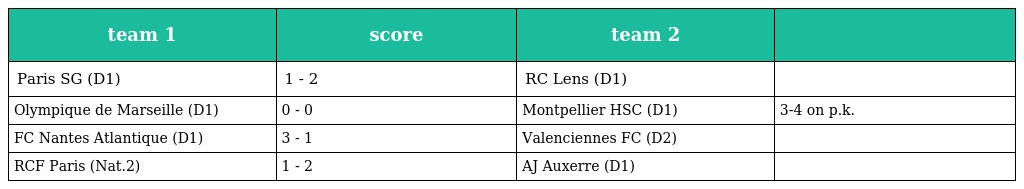
| team 1 | score | team 2 |  |
 | --- | --- | --- | --- |
 | Paris SG (D1) | 1 - 2 | RC Lens (D1) |  |
 | Olympique de Marseille (D1) | 0 - 0 | Montpellier HSC (D1) | 3-4 on p.k. |
 | FC Nantes Atlantique (D1) | 3 - 1 | Valenciennes FC (D2) |  |
 | RCF Paris (Nat.2) | 1 - 2 | AJ Auxerre (D1) |  |